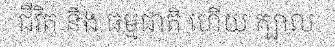
ជីវិត និង ធម្មជាតិ ហើយ ក្បាល